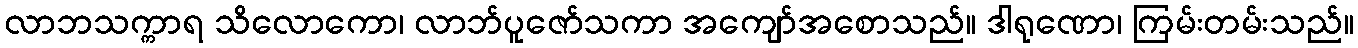
လာဘသက္ကာရ သိလောကော၊ လာဘ်ပူဇော်သကာ အကျော်အစောသည်။ ဒါရုဏော၊ ကြမ်းတမ်းသည်။